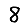
Digit: 8